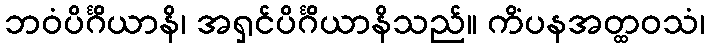
ဘဝံပိင်္ဂိယာနိ၊ အရှင်ပိင်္ဂိယာနိသည်။ ကိံပနအတ္ထဝသံ၊